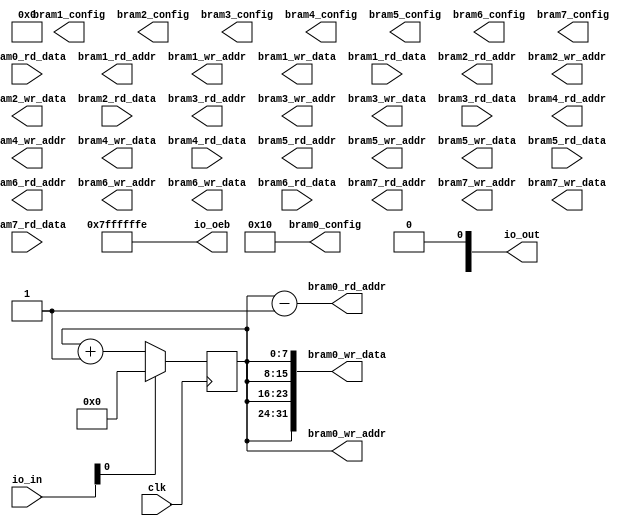
module top(input wire clk,
	input wire [30:0] io_in, output wire [30:0] io_out, io_oeb,
	output wire [7:0] bram0_rd_addr, bram0_wr_addr, output wire [31:0] bram0_wr_data, input wire [31:0] bram0_rd_data, output wire [7:0] bram0_config,
	output wire [7:0] bram1_rd_addr, bram1_wr_addr, output wire [31:0] bram1_wr_data, input wire [31:0] bram1_rd_data, output wire [7:0] bram1_config,
	output wire [7:0] bram2_rd_addr, bram2_wr_addr, output wire [31:0] bram2_wr_data, input wire [31:0] bram2_rd_data, output wire [7:0] bram2_config,
	output wire [7:0] bram3_rd_addr, bram3_wr_addr, output wire [31:0] bram3_wr_data, input wire [31:0] bram3_rd_data, output wire [7:0] bram3_config,
	output wire [7:0] bram4_rd_addr, bram4_wr_addr, output wire [31:0] bram4_wr_data, input wire [31:0] bram4_rd_data, output wire [7:0] bram4_config,
	output wire [7:0] bram5_rd_addr, bram5_wr_addr, output wire [31:0] bram5_wr_data, input wire [31:0] bram5_rd_data, output wire [7:0] bram5_config,
	output wire [7:0] bram6_rd_addr, bram6_wr_addr, output wire [31:0] bram6_wr_data, input wire [31:0] bram6_rd_data, output wire [7:0] bram6_config,
	output wire [7:0] bram7_rd_addr, bram7_wr_addr, output wire [31:0] bram7_wr_data, input wire [31:0] bram7_rd_data, output wire [7:0] bram7_config
);
	wire rst = io_in[0];
	reg [7:0] ctr;

	always @(posedge clk)
		if (rst)
			ctr <= 0;
		else
			ctr <= ctr + 1'b1;

	assign bram0_rd_addr = ctr - 1;
	assign bram0_wr_addr = ctr;
	assign bram0_wr_data = {4{ctr}};
	assign bram0_config = 8'b00010000; // 32-bit R/W, always write enable; 

	assign io_out = {ctr, bram0_rd_data[7:0], osco, 1'b0}; // pass thru reset for debugging
	assign io_oeb = ~(28'b1);
endmodule